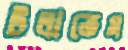
টলাতেম